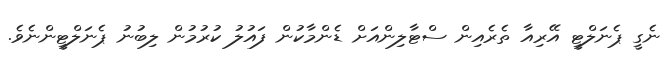
ނެގީ ޕެނަލްޓީ އޭރިއާ ތެރެއިން ސްޓާލިންއަށް ޑެންމާކުން ފައުލު ކުރުމުން ލިބުނު ޕެނަލްޓީންނެވެ.